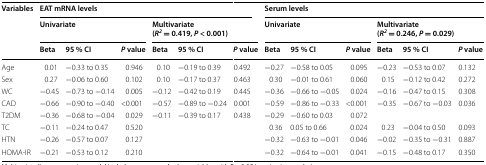
<table><thead><tr><td rowspan="3"><b>Variables</b></td><td colspan="6"><b>EAT mRNA levels</b></td><td colspan="6"><b>Serum levels</b></td></tr><tr><td colspan="3"><b>Univariate</b></td><td colspan="3"><b>Multivariate (<i>R</i><sup><i>2</i></sup> = 0.419, <i>P</i> &lt; 0.001)</b></td><td colspan="3"><b>Univariate</b></td><td colspan="3"><b>Multivariate (<i>R</i><sup><i>2</i></sup> = 0.246, <i>P</i> = 0.029)</b></td></tr><tr><td><b>Beta</b></td><td><b>95 % CI</b></td><td><b><i>P</i> value</b></td><td><b>Beta</b></td><td><b>95 % CI</b></td><td><b><i>P</i> value</b></td><td><b>Beta</b></td><td><b>95 % CI</b></td><td><b><i>P</i> value</b></td><td><b>Beta</b></td><td><b>95 % CI</b></td><td><b><i>P</i> value</b></td></tr></thead><tbody><tr><td>Age</td><td>0.01</td><td>−0.33 to 0.35</td><td>0.946</td><td>0.10</td><td>−0.19 to 0.39</td><td>0.492</td><td>−0.27</td><td>−0.58 to 0.05</td><td>0.095</td><td>−0.23</td><td>−0.53 to 0.07</td><td>0.132</td></tr><tr><td>Sex</td><td>0.27</td><td>−0.06 to 0.60</td><td>0.102</td><td>0.10</td><td>−0.17 to 0.37</td><td>0.463</td><td>0.30</td><td>−0.01 to 0.61</td><td>0.060</td><td>0.15</td><td>−0.12 to 0.42</td><td>0.272</td></tr><tr><td>WC</td><td>−0.45</td><td>−0.73 to −0.14</td><td>0.005</td><td>−0.12</td><td>−0.42 to 0.19</td><td>0.445</td><td>−0.36</td><td>−0.66 to −0.05</td><td>0.024</td><td>−0.16</td><td>−0.47 to 0.15</td><td>0.308</td></tr><tr><td>CAD</td><td>−0.66</td><td>−0.90 to −0.40</td><td>&lt;0.001</td><td>−0.57</td><td>−0.89 to −0.24</td><td>0.001</td><td>−0.59</td><td>−0.86 to −0.33</td><td>&lt;0.001</td><td>−0.35</td><td>−0.67 to −0.03</td><td>0.036</td></tr><tr><td>T2DM</td><td>−0.36</td><td>−0.68 to −0.04</td><td>0.029</td><td>−0.11</td><td>−0.39 to 0.17</td><td>0.438</td><td>−0.29</td><td>−0.60 to 0.03</td><td>0.072</td><td></td><td></td><td></td></tr><tr><td>TC</td><td>−0.11</td><td>−0.24 to 0.47</td><td>0.520</td><td></td><td></td><td></td><td>0.36</td><td>0.05 to 0.66</td><td>0.024</td><td>0.23</td><td>−0.04 to 0.50</td><td>0.093</td></tr><tr><td>HTN</td><td>−0.26</td><td>−0.57 to 0.07</td><td>0.127</td><td></td><td></td><td></td><td>−0.32</td><td>−0.63 to −0.01</td><td>0.046</td><td>−0.02</td><td>−0.35 to −0.31</td><td>0.887</td></tr><tr><td>HOMA-IR</td><td>−0.21</td><td>−0.53 to 0.12</td><td>0.210</td><td></td><td></td><td></td><td>−0.32</td><td>−0.64 to −0.01</td><td>0.041</td><td>−0.15</td><td>−0.48 to 0.17</td><td>0.350</td></tr></tbody></table>